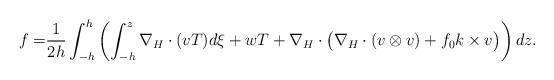
LaTeX: \begin{align*} f=&\frac{1}{2h}\int_{-h}^h\left(\int_{-h}^z\nabla_H\cdot(vT)d\xi+wT+\nabla_H\cdot \big(\nabla_H\cdot(v\otimes v)+f_0k\times v\big)\right) dz.\end{align*}